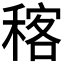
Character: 𥠑